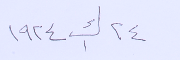
٢٤ ك١ ١٩٢٤